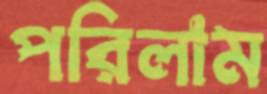
পরিলাম